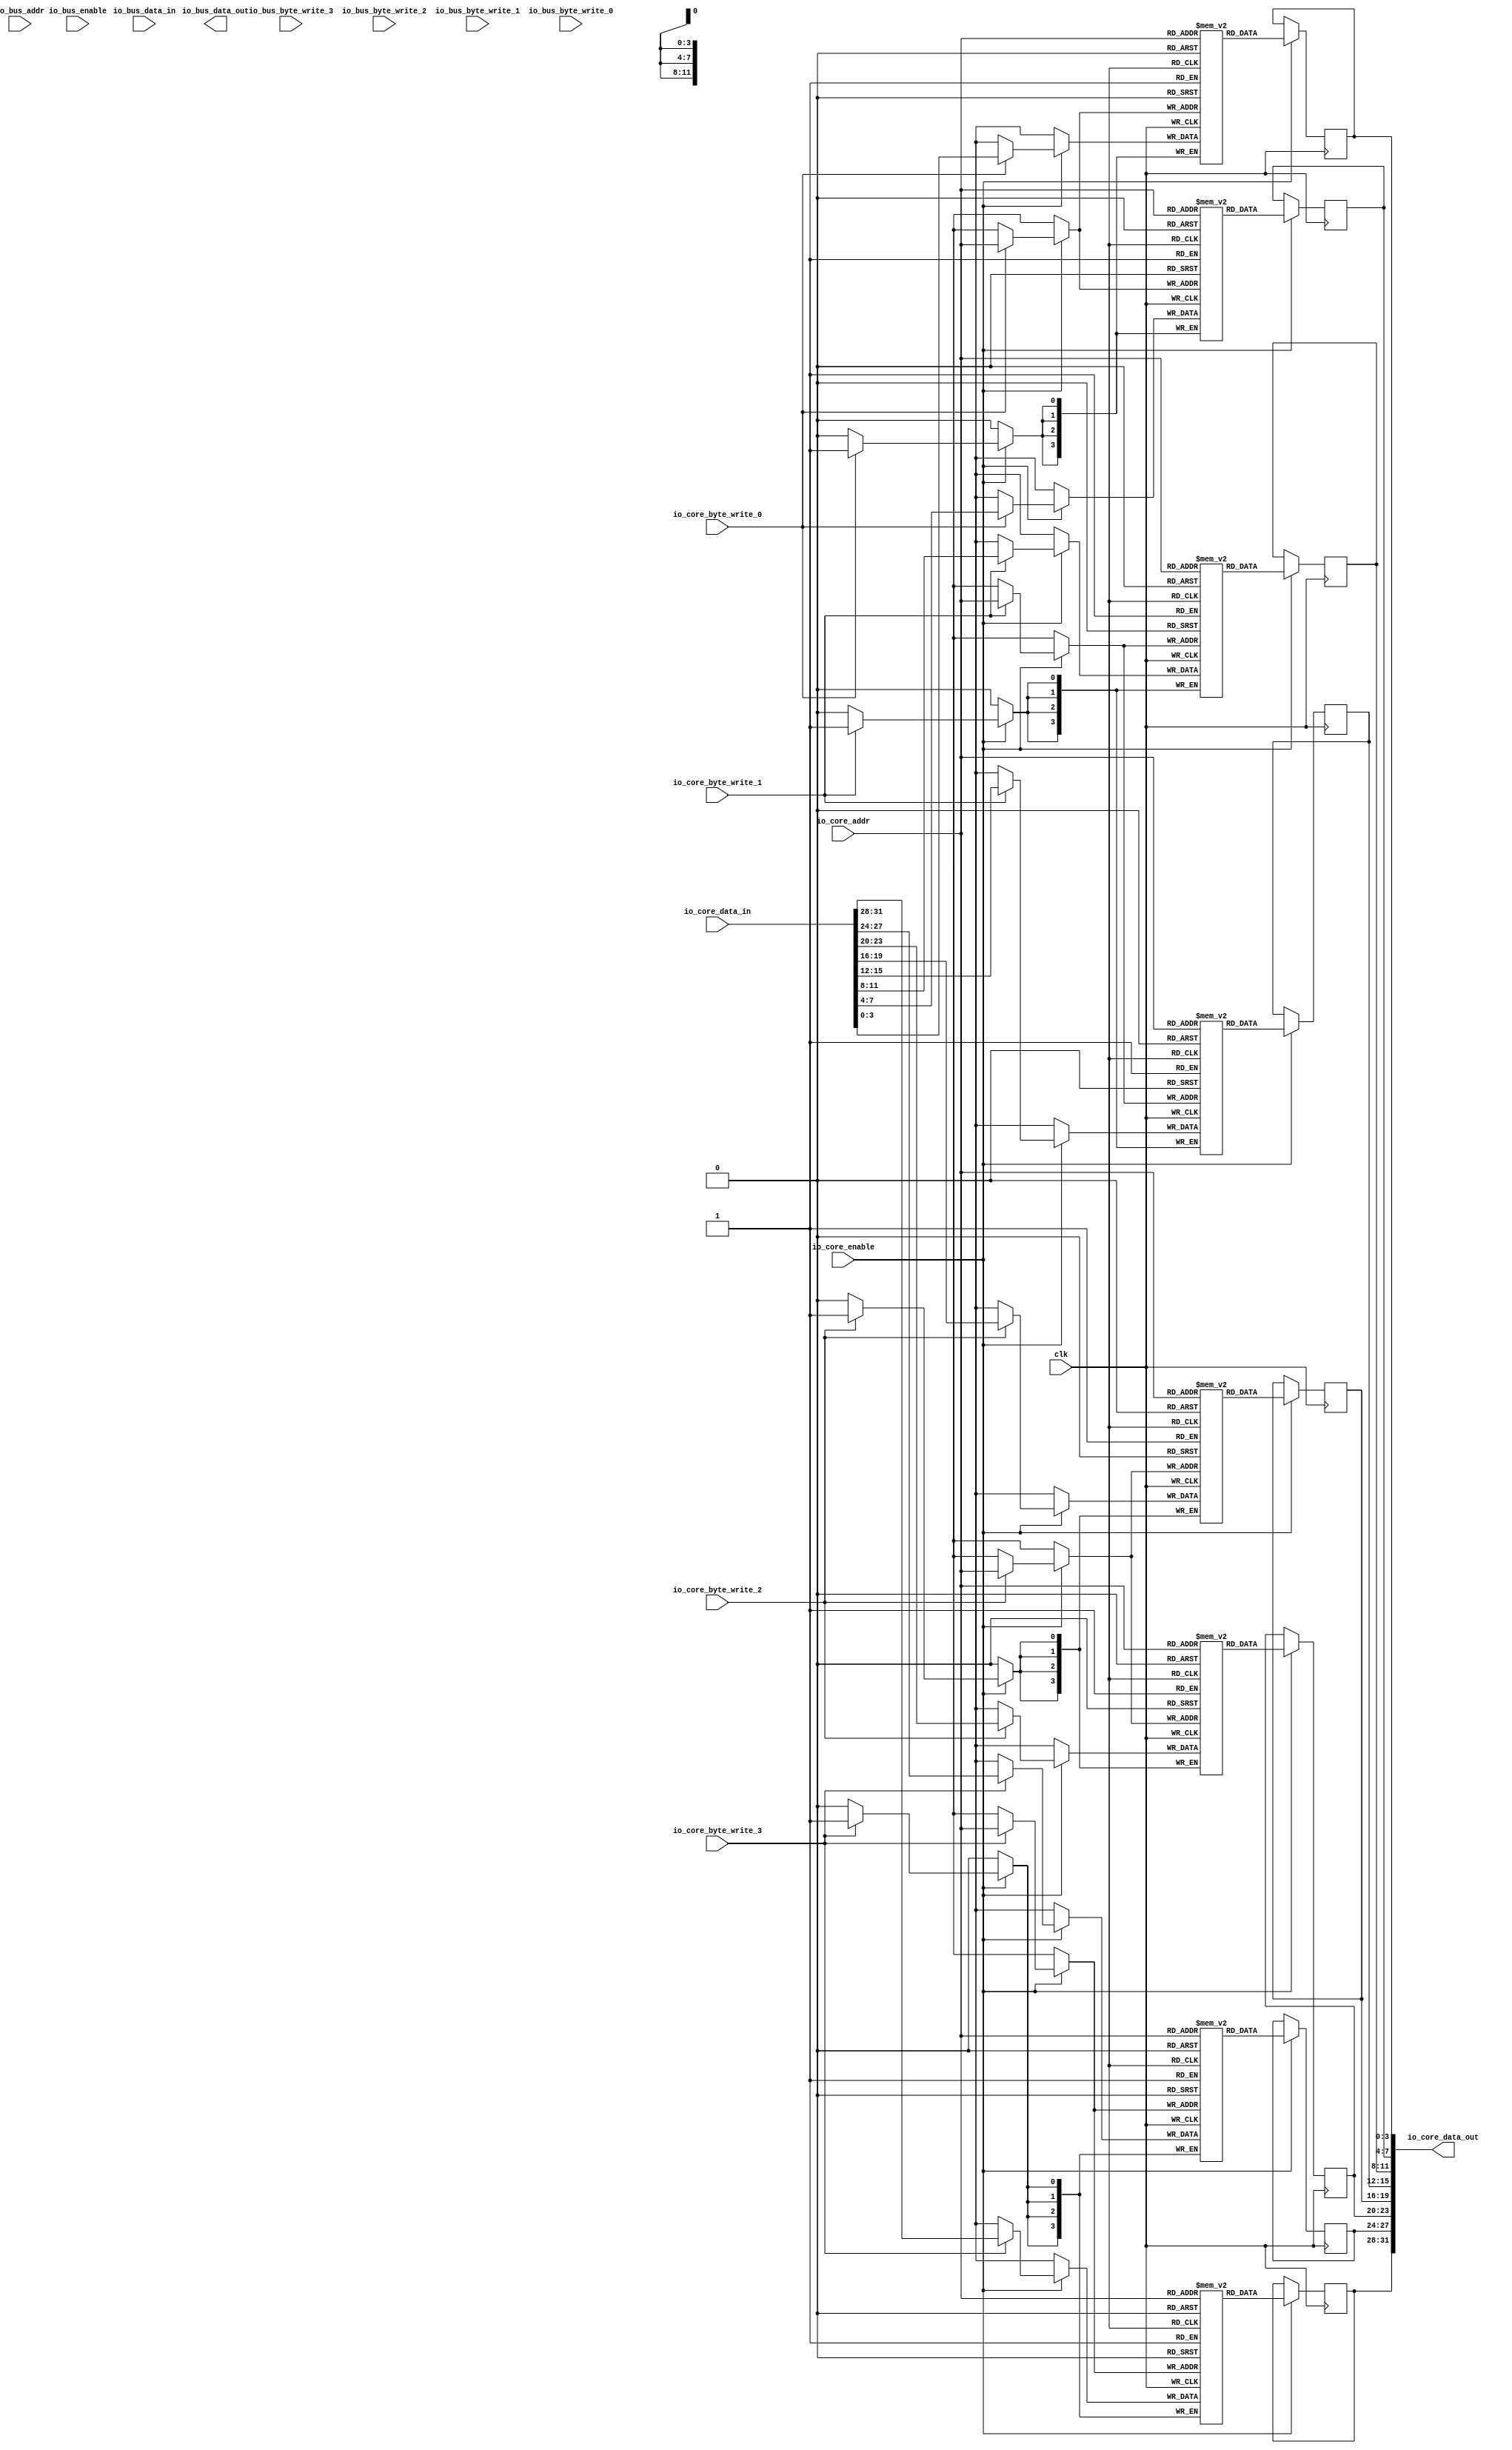
module DSpm(input clk,
    input [11:0] io_core_addr,
    input  io_core_enable,
    output[31:0] io_core_data_out,
    input  io_core_byte_write_3,
    input  io_core_byte_write_2,
    input  io_core_byte_write_1,
    input  io_core_byte_write_0,
    input [31:0] io_core_data_in,
    input [11:0] io_bus_addr,
    input  io_bus_enable,
    output[31:0] io_bus_data_out,
    input  io_bus_byte_write_3,
    input  io_bus_byte_write_2,
    input  io_bus_byte_write_1,
    input  io_bus_byte_write_0,
    input [31:0] io_bus_data_in
);

wire [7:0] core_byte_write;
wire [7:0] bus_byte_write;
assign core_byte_write = {io_core_byte_write_3, io_core_byte_write_3, io_core_byte_write_2, io_core_byte_write_2, io_core_byte_write_1, io_core_byte_write_1, io_core_byte_write_0, io_core_byte_write_0};
assign bus_byte_write = {io_core_byte_write_3, io_core_byte_write_3, io_core_byte_write_2, io_core_byte_write_2, io_core_byte_write_1, io_core_byte_write_1, io_core_byte_write_0, io_core_byte_write_0};

genvar i;

generate
for(i = 0; i < 8; i = i+1)
begin: BRAMS

reg [3:0] dspm [4095:0];
reg [3:0] core_data_out, bus_data_out;

always @(posedge clk) begin
    if(io_core_enable) begin
        if(core_byte_write[i]) begin
		    dspm[io_core_addr] <= io_core_data_in[4*i+3:4*i];
        end
	    core_data_out <= dspm[io_core_addr];
    end
end
assign io_core_data_out[4*i+3:4*i] = core_data_out;

//always @(posedge clk) begin
//    if(io_bus_enable) begin
//        if(bus_byte_write[i]) begin
//		    dspm[io_bus_addr] <= io_bus_data_in[4*i+3:4*i];
//        end
//	    bus_data_out <= dspm[io_bus_addr];
//    end
//end
//assign io_bus_data_out[4*i+3:4*i] = bus_data_out;

end
endgenerate

endmodule